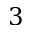
3